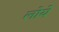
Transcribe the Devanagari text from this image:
लोये